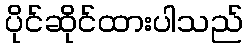
ပိုင်ဆိုင်ထားပါသည်